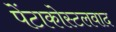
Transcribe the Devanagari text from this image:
पेंटाकोस्टलवाद